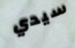
سيدي